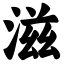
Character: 滋